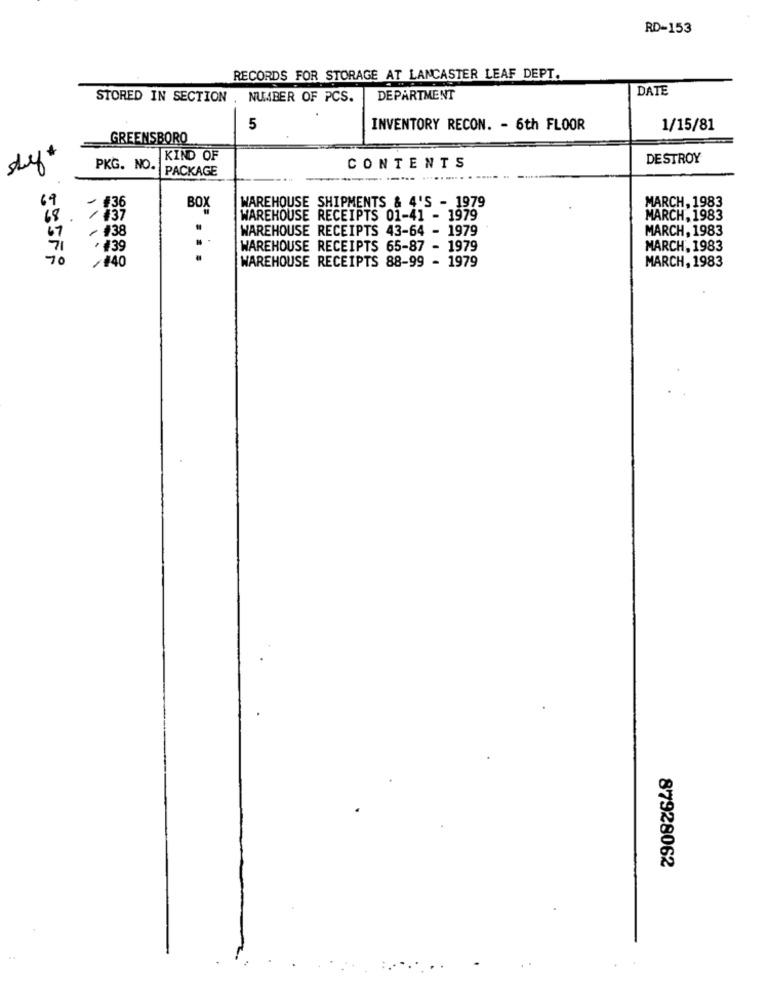
RD-153
RECORDS FOR STORAGE AT LANCASTER LEAF DEPT.
DATE
STORED IN SECTION , NUMBER OF PCS.
DEPARTMENT
5
INVENTORY RECON. - 6th FLOOR
1/15/81
GREENSBORO
KIND OF
DESTROY
PKG. NO.
PACKAGE
CONTENTS
69
WAREHOUSE SHIPMENTS & 4'S - 1979
BOX
MARCH, 1983
WAREHOUSE RECEIPTS 01-41 - 1979
MARCH, 1983
WAREHOUSE RECEIPTS 43-64 - 1979
MARCH, 1983
67
~ #38
.139
WAREHOUSE RECEIPTS 65-87 - 1979
MARCH, 1983
70
/140
WAREHOUSE RECEIPTS 88-99 - 1979
MARCH, 1983
87928062